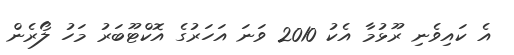
އެ ކައިވެނި ރޫޅުމާ އެކު 2010 ވަނަ އަހަރުގެ އޮކްޓޫބަރު މަހު ލޯރެން